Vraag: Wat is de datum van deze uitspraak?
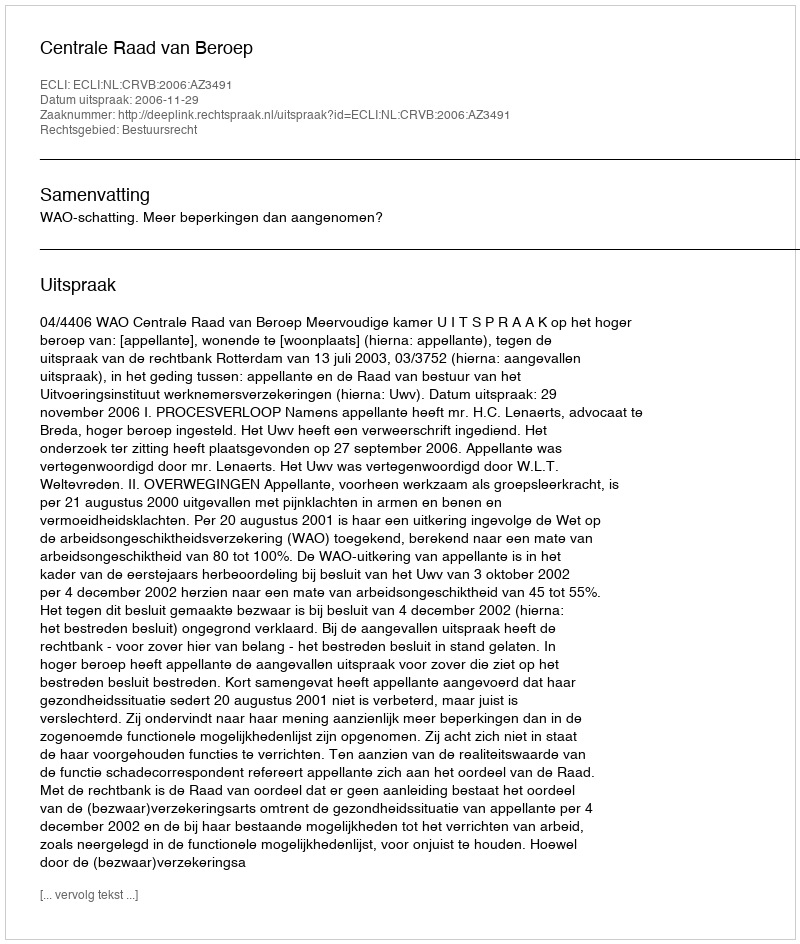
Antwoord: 2006-11-29